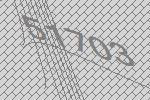
51703